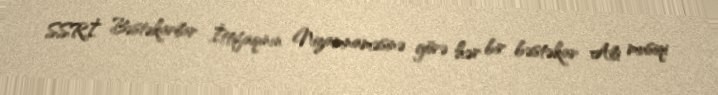
SSRİ Bəstəkarlar İttifaqının Nizamnaməsinə görə hər bir bəstəkar Ali musiqi